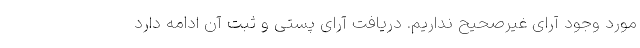
مورد وجود آرای غیرصحیح نداریم. دریافت آرای پستی و ثبت آن ادامه دارد